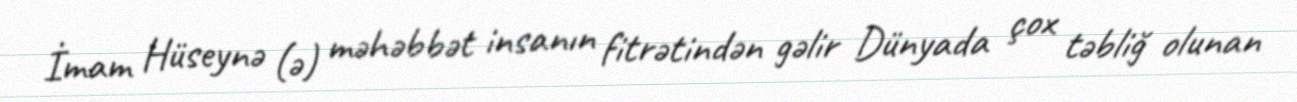
İmam Hüseynə (ə) məhəbbət insanın fitrətindən gəlir Dünyada çox təbliğ olunan